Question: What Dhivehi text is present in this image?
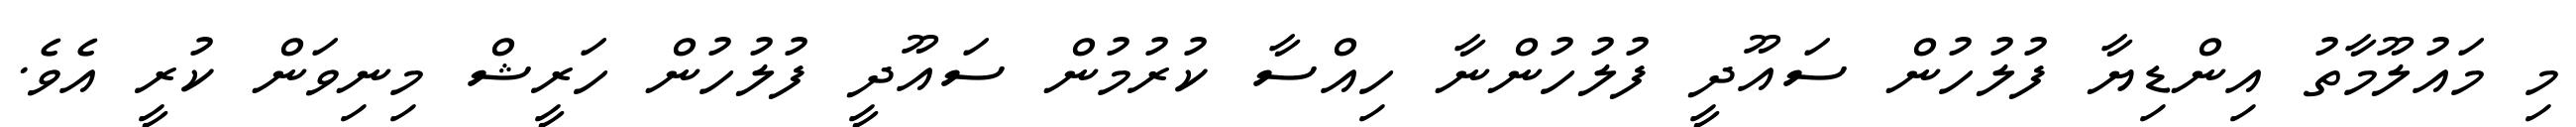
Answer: މި މައުލޫމާތު އިންޑިޔާ ފުލުހުން ސައޫދީ ފުލުހުންނާ ހިއްސާ ކުރުމުން ސައޫދީ ފުލުހުން ހަރީޝް މިނިވަން ކުރީ އެވެ.